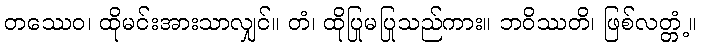
တဿေဝ၊ ထိုမင်းအားသာလျှင်။ တံ၊ ထိုပြုမပြုသည်ကား။ ဘဝိဿတိ၊ ဖြစ်လတ္တံ့။